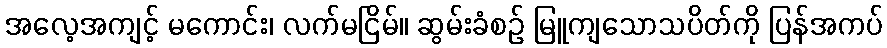
အလေ့အကျင့် မကောင်း၊ လက်မငြိမ်။ ဆွမ်းခံစဉ် မြူကျသောသပိတ်ကို ပြန်အကပ်